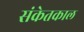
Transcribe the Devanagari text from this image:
संकेतकाल